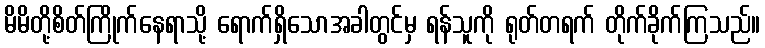
မိမိတို့စိတ်ကြိုက်နေရာသို့ ရောက်ရှိသောအခါတွင်မှ ရန်သူကို ရုတ်တရက် တိုက်ခိုက်ကြသည်။